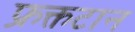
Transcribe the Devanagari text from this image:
फ्रक्तटान